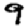
Digit: 9